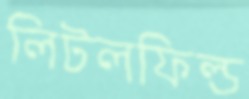
লিটলফিল্ড